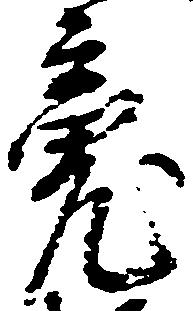
魂